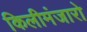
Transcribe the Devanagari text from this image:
किलीमंजारो